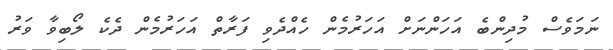
ނަމަވެސް މުދިންބެ އަހަންނަށް އަހަރުމެން ހެއްދެވި ފަރާތް އަހަރުމެން ދެކެ ލޯބިވާ ވަރު